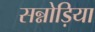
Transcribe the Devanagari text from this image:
सन्नोड़िया